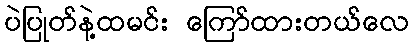
ပဲပြုတ်နဲ့ထမင်း ကြော်ထားတယ်လေ